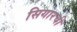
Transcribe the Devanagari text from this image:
सिगारची